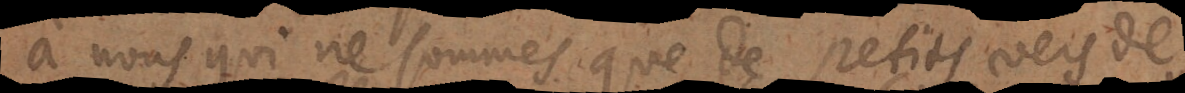
à nous qui ne sommes que de petits vers de